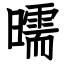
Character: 曘